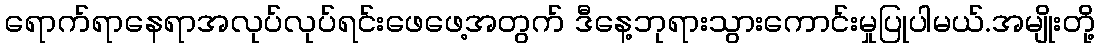
ရောက်ရာနေရာအလုပ်လုပ်ရင်းဖေဖေ့အတွက် ဒီနေ့ဘုရားသွားကောင်းမှုပြုပါမယ်.အမျိုးတို့